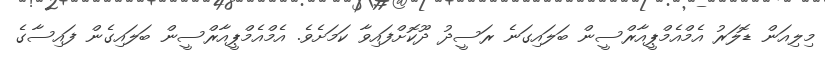
މިލިއަން ޑޮލަރު އެމްއެމްޕީއާރްސީން ބަލައިގަނެ ރަސީދު ދޫކޮށްފައިވާ ކަމަށެވެ. އެމްއެމްޕީއާރްސީން ބަލައިގެން ފައިސާގެ